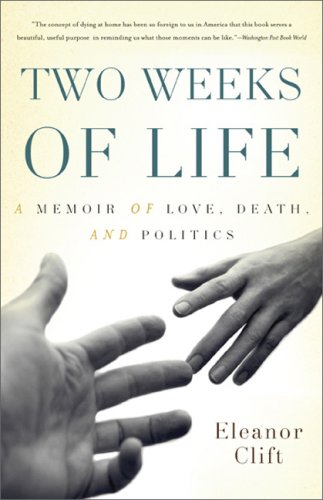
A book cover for Two Weeks of Life: A Memoir of Love, Death, and Politics; Eleanor Clift; Law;